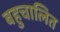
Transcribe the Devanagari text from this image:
बहुचालित